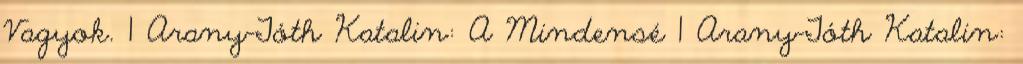
Vagyok. 1 Arany-Tóth Katalin: A Mindensé 1 Arany-Tóth Katalin: